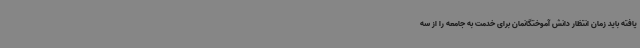
یافته باید زمان انتظار دانش آموختگانمان برای خدمت به جامعه را از سه